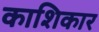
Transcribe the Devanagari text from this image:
काशिकार